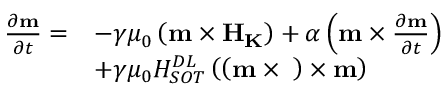
\begin{array} { l l } { \frac { { \partial } { \bf { m } } } { { \partial } t } = } & { - \gamma { \mu } _ { 0 } \left( { \bf { m } } \times { \bf { { H } } } _ { \bf { { K } } } \right) + \alpha \left( { \bf { m } } \times \frac { { \partial } { \bf { m } } } { { \partial } t } \right) } \\ & { + \gamma { \mu } _ { 0 } H _ { { S O T } } ^ { { D L } } \left( \left( { \bf { m } } \times { \bf { \sigma } } \right) \times { \bf { m } } \right) } \end{array}